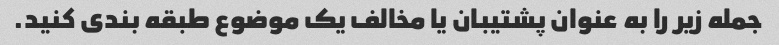
جمله زیر را به عنوان پشتیبان یا مخالف یک موضوع طبقه بندی کنید.